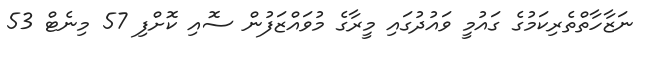
ނަޒާހާތްތެރިކަމުގެ ގައުމީ ވައުދުގައި މީރާގެ މުވައްޒަފުން ސޮއި ކޮށްފި 57 މިނެޓް 53